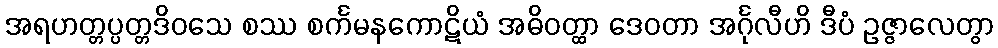
အရဟတ္တပ္ပတ္တဒိဝသေ စဿ စင်္ကမနကောဋိယံ အဓိဝတ္ထာ ဒေဝတာ အင်္ဂုလီဟိ ဒီပံ ဥဇ္ဇာလေတွာ